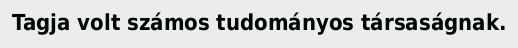
Tagja volt számos tudományos társaságnak.